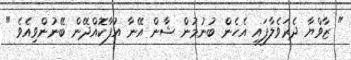
" ޒާވްޔާ ދެރަވެލާފައި އެހެން ބުނުމުން ޝާން އޭނާ އުފާކޮއްދޭން ބޭނުންވިއެވެ "